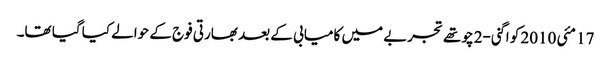
17 مئی 2010 کو اگنی-2 چوتھے تجربے میں کامیابی کے بعد بھارتی فوج کے حوالے کیا گیا تھا۔